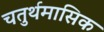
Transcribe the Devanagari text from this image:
चतुर्थमासिक